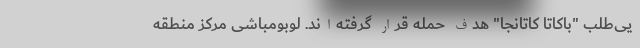
یی‌طلب "باکاتا کاتانجا" هدف حمله قرار گرفته‌اند. لوبومباشی مرکز منطقه